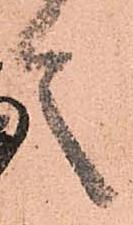
言